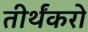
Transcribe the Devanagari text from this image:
तीर्थंकरो